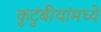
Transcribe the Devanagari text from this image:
कुटुंबीयांमध्ये